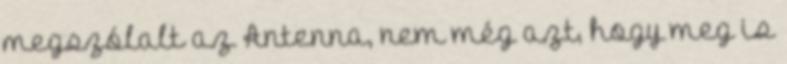
megszólalt az Antenna, nem még azt, hogy meg is